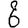
Digit: 6